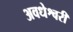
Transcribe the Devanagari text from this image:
अवधेश्वरी